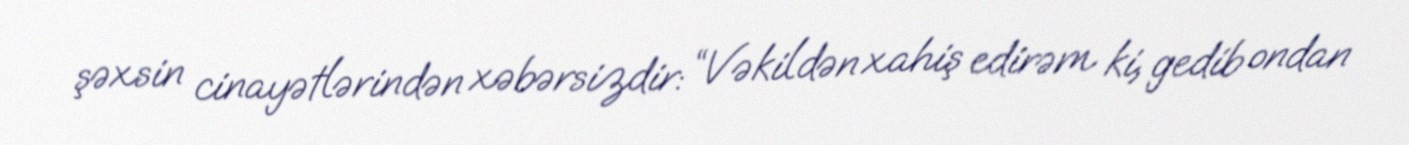
şəxsin cinayətlərindən xəbərsizdir: “Vəkildən xahiş edirəm ki, gedib ondan